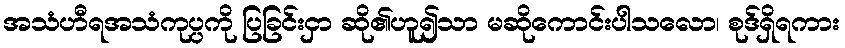
အသံဟီရအသံကုပ္ပကို ပြခြင်းငှာ ဆို၏ဟူ၍သာ မဆိုကောင်းပါသလော၊ စုဒ်ရှိရကား